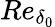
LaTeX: Re_{\delta_{0}}